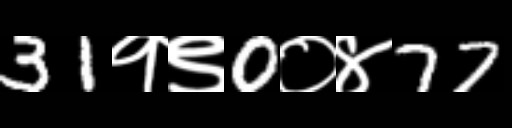
Text: 31१९0०४77